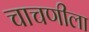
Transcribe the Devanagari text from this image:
चाचणीला